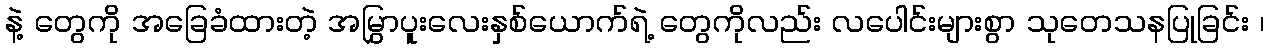
နဲ့ တွေကို အခြေခံထားတဲ့ အမြွှာပူးလေးနှစ်ယောက်ရဲ့ တွေကိုလည်း လပေါင်းများစွာ သုတေသနပြုခြင်း ၊